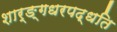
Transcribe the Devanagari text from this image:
शार्ङ्गधरपद्धति